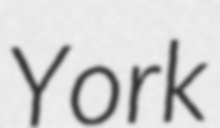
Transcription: York